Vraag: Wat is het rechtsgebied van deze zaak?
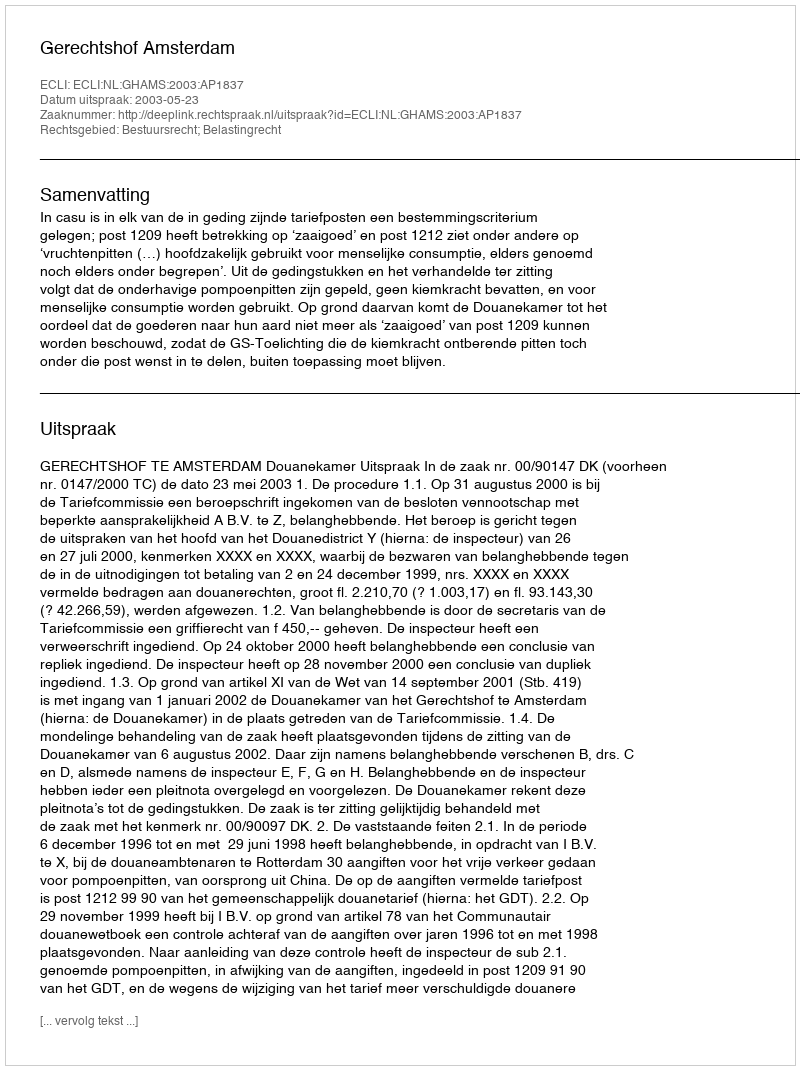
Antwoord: Bestuursrecht; Belastingrecht